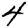
Digit: 4